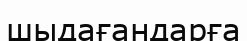
шыдағандарға